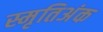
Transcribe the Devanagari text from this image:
स्मृतिअंक